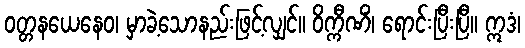
ဝတ္တနယေနေဝ၊ မှာခဲ့သောနည်းဖြင့်လျှင်။ ဝိက္ကီဏိံ၊ ရောင်းပြီးပြီ။ ဣဒံ၊